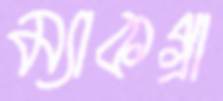
ম্যাকগ্রা